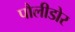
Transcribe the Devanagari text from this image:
पौलीडोर